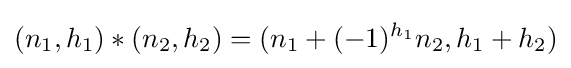
(n_{1},h_{1})*(n_{2},h_{2})=(n_{1}+(-1)^{h_{1}}n_{2},h_{1}+h_{2})